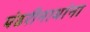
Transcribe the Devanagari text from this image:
पंढरीनाथांना